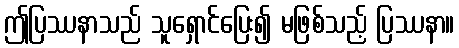
ဤပြဿနာသည် သူရှောင်ပြေး၍ မဖြစ်သည့် ပြဿနာ။